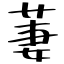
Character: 萋